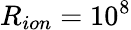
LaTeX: R_{ion}=10^{8}